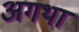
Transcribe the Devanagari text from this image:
अगथा